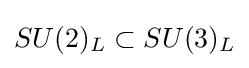
SU(2)_{L}\subset SU(3)_{L}